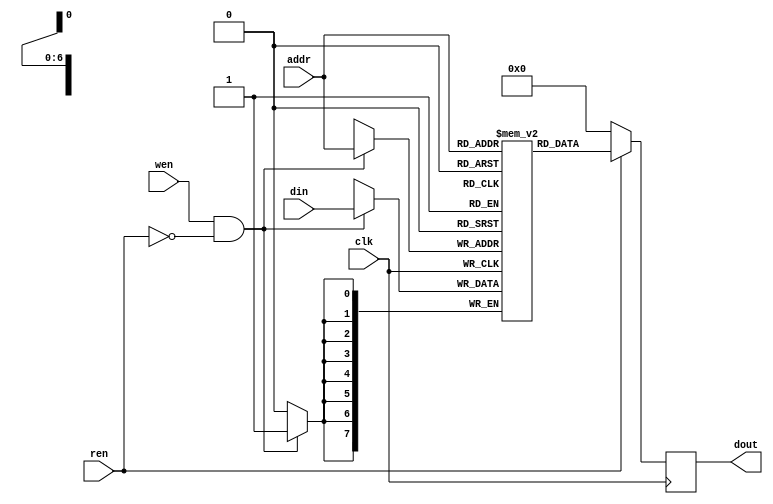
`timescale 1ns/1ps

module Memory (clk, ren, wen, addr, din, dout);
input clk;
input ren, wen;
input [7-1:0] addr;
input [8-1:0] din;
output [8-1:0] dout;
reg [8-1:0] mem [128-1:0];
reg [8-1:0] dout = 8'b0;

always@(posedge clk)begin
    if(ren == 1'b1)begin
        dout <= mem[addr];
    end
    else dout <= 8'b0;
    if(wen == 1'b1 && ren == 1'b0)begin
        mem[addr] <= din;
    end
end
endmodule

module Bank(clk, ren, wen, raddr, waddr, din, dout);
input clk, ren, wen;
input [8:0] raddr, waddr;
input [7:0] din;
output wire [7:0] dout;

reg [3:0] renm, wenm;
reg [6:0] addr [3:0];
wire [7:0] doutm [3:0];

assign dout = doutm[0] | doutm[1] | doutm[2] | doutm[3];

Memory m1(clk, renm[0], wenm[0], addr[0], din, doutm[0]);
Memory m2(clk, renm[1], wenm[1], addr[1], din, doutm[1]);
Memory m3(clk, renm[2], wenm[2], addr[2], din, doutm[2]);
Memory m4(clk, renm[3], wenm[3], addr[3], din, doutm[3]);

always@(*)begin
    if(ren == 1'b0) renm = 4'b0;
    else renm = 1 << raddr[8:7];
    if(wen == 1'b0) wenm = 4'b0;
    else wenm = 1 << waddr[8:7];
    
    addr[0] = renm[0] == 1'b1 ? raddr[6:0] : waddr[6:0];
    addr[1] = renm[1] == 1'b1 ? raddr[6:0] : waddr[6:0];
    addr[2] = renm[2] == 1'b1 ? raddr[6:0] : waddr[6:0];
    addr[3] = renm[3] == 1'b1 ? raddr[6:0] : waddr[6:0];
end

endmodule

module Multi_Bank_Memory (clk, ren, wen, waddr, raddr, din, dout);
input clk;
input ren, wen;
input [11-1:0] waddr;
input [11-1:0] raddr;
input [8-1:0] din;
output wire [8-1:0] dout;

reg [3:0] renb, wenb;
wire [7:0] doutb [3:0];

assign dout = doutb[0] | doutb[1] | doutb[2] | doutb[3]; 

Bank bk1(clk, renb[0], wenb[0], raddr[8:0], waddr[8:0], din, doutb[0]);
Bank bk2(clk, renb[1], wenb[1], raddr[8:0], waddr[8:0], din, doutb[1]);
Bank bk3(clk, renb[2], wenb[2], raddr[8:0], waddr[8:0], din, doutb[2]);
Bank bk4(clk, renb[3], wenb[3], raddr[8:0], waddr[8:0], din, doutb[3]);

always@(*)begin
    if(ren == 1'b0) renb = 4'b0;
    else renb = 1 << raddr[10:9];
    if(wen == 1'b0) wenb = 4'b0;
    else wenb = 1 << waddr[10:9];
end

endmodule